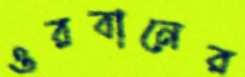
ওরবানের